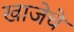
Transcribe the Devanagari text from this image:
खाजेचे